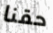
حقنا